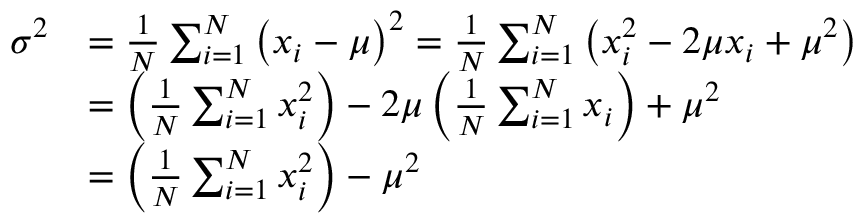
{ \begin{array} { r l } { \sigma ^ { 2 } } & { = { \frac { 1 } { N } } \sum _ { i = 1 } ^ { N } \left( x _ { i } - \mu \right) ^ { 2 } = { \frac { 1 } { N } } \sum _ { i = 1 } ^ { N } \left( x _ { i } ^ { 2 } - 2 \mu x _ { i } + \mu ^ { 2 } \right) } \\ & { = \left( { \frac { 1 } { N } } \sum _ { i = 1 } ^ { N } x _ { i } ^ { 2 } \right) - 2 \mu \left( { \frac { 1 } { N } } \sum _ { i = 1 } ^ { N } x _ { i } \right) + \mu ^ { 2 } } \\ & { = \left( { \frac { 1 } { N } } \sum _ { i = 1 } ^ { N } x _ { i } ^ { 2 } \right) - \mu ^ { 2 } } \end{array} }